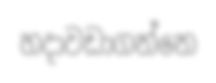
හදාවඩාගන්නෙ